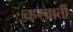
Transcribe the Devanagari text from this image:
करवातीं